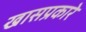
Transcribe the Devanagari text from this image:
खासप्रकारे